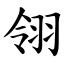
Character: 翎